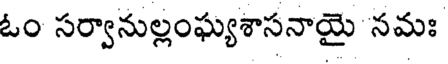
ఓం సర్వానుల్లంఘ్యశాసనాయై నమః